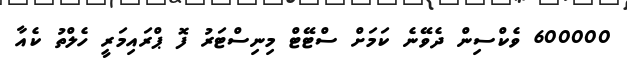
600000 ވެކްސިން ދެވޭނެ ކަމަށް ސްޓޭޓް މިނިސްޓަރު ފޮ ޕްރައިމަރީ ހެލްތު ކެއާ